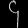
Digit: ၄